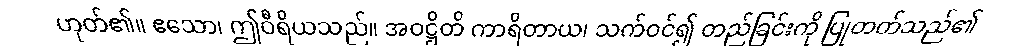
ဟုတ်၏။ ဧသော၊ ဤဝီရိယသည်။ အဝဋ္ဌိတိ ကာရိတာယ၊ သက်ဝင်၍ တည်ခြင်းကို ပြုတတ်သည်၏